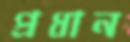
প্রধান